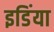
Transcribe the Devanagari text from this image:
इडिंया